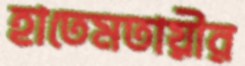
হাতেমতায়ীর